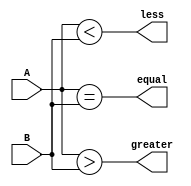
module comparator(
    input [63:0] A,
    input [63:0] B,
    output equal,
    output greater,
    output less
);

reg [63:0] equal_temp, greater_temp, less_temp;

// Perform bitwise comparisons
assign equal_temp = (A == B);
assign greater_temp = (A > B);
assign less_temp = (A < B);

// Output signals for relationship between inputs
assign equal = equal_temp;
assign greater = greater_temp;
assign less = less_temp;

endmodule